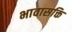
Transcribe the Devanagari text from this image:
भावासक्ति